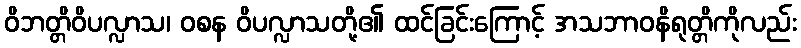
ဝိဘတ္တိဝိပလ္လာသ၊ ဝစန ဝိပလ္လာသတို့၏ ထင်ခြင်းကြောင့် အသဘာဝနိရုတ္တိကိုလည်း